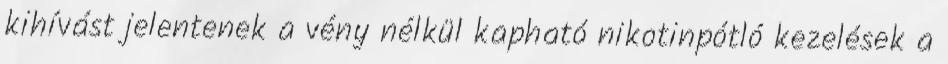
kihívást jelentenek a vény nélkül kapható nikotinpótló kezelések a